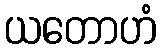
ယတောဟံ